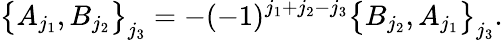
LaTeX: \big\{ A_{j_{1}},B_{j_{2}}\big\} _{j_{3}}=-(-1)^{j_{1}+j_{2}-j_{3}}\big\{ B_{j_{2}},A_{j_{1}}\big\} _{j_{3}}.